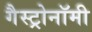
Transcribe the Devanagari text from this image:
गैस्ट्रोनॉमी